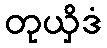
တုယှိဒံ